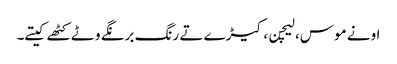
اونے موس، لیچن، کیڑے تے رنگ برنگے وٹے کٹھے کیتے۔